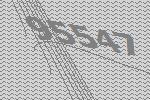
95547